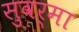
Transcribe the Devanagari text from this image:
सुवर्मा